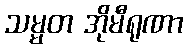
သမ္မတ အိုမီရုဏာ